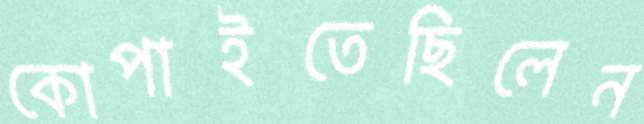
কোপাইতেছিলেন